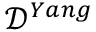
\mathcal { D } ^ { Y a n g }